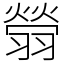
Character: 䎕